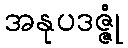
အနုပဒဇ္ဇုံ